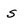
Character: s